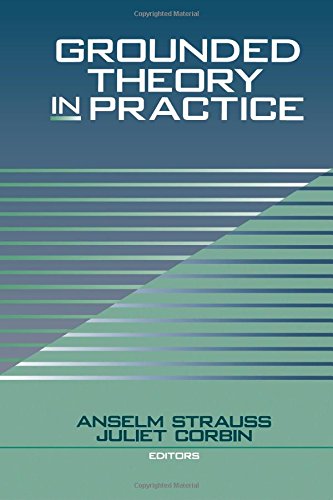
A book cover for Grounded Theory in Practice; Anselm Strauss; Parenting & Relationships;